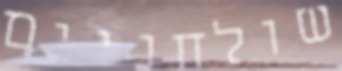
שולחניים